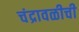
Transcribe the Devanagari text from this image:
चंद्रावळीची